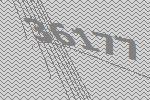
36177